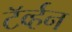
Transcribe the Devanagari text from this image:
टॅर्व्हन